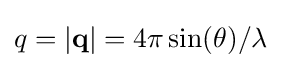
q=|\mathbf {q} |=4\pi \sin(\theta )/\lambda